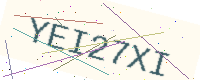
Text: YEI27XI